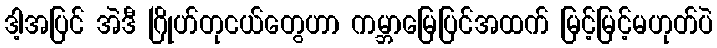
ဒါ့အပြင် အဲဒီ ဂြိုဟ်တုငယ်တွေဟာ ကမ္ဘာမြေပြင်အထက် မြင့်မြင့်မဟုတ်ပဲ